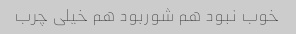
خوب نبود هم شوربود هم خیلی چرب